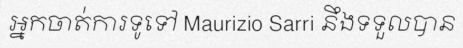
អ្នកចាត់ការទូទៅ Maurizio Sarri នឹងទទួលបាន